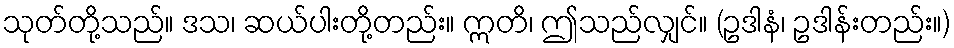
သုတ်တို့သည်။ ဒသ၊ ဆယ်ပါးတို့တည်း။ ဣတိ၊ ဤသည်လျှင်။ (ဥဒါနံ၊ ဥဒါန်းတည်း။)